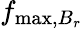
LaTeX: f_{\mathrm{max},B_{r}}